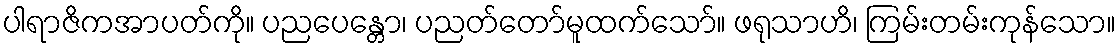
ပါရာဇိကအာပတ်ကို။ ပညပေန္တော၊ ပညတ်တော်မူထက်သော်။ ဖရုသာဟိ၊ ကြမ်းတမ်းကုန်သော။